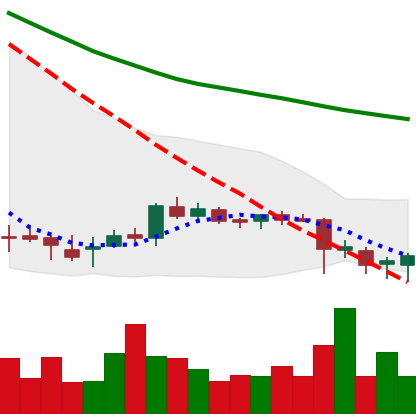
Ticker: DOGE-USD
Chart end date: 2018-07-14
Forward return: 62.743%
Label: up_7plus